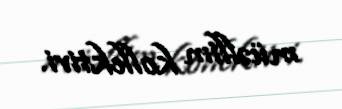
müəllim kollektivi.